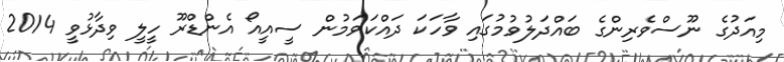
މިއަދުގެ ނޫސްވެރިންގެ ބައްދަލުވުމުގައި ވާހަކަ ދައްކަވަމުން ސީއީއޯ އެންޑްރޫ ހީލީ ވިދާޅުވީ 2014